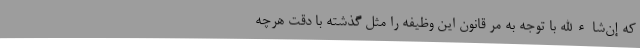
که إن‌شاءالله با توجه به مر قانون این وظیفه را مثل گذشته با دقت هرچه